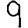
Digit: 9